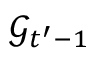
\mathcal { G } _ { t ^ { \prime } - 1 }